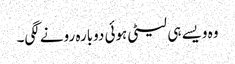
وہ ویسے ہی لیٹی ہوئی دوبارہ رونے لگی۔